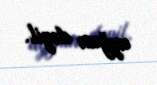
uyğun deyil.